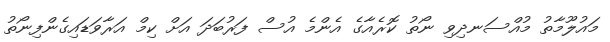
މައުލޫމާތު މުއްސަނދިވި ނޯތު ކޮރެއާގެ އެންމެ އުސް ފަރުބަދަ އަށް ކިމް އަރާވަޑައިގެންފިނޯތު